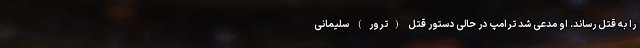
را به قتل رساند. او مدعی شد ترامپ در حالی دستور قتل (ترور) سلیمانی